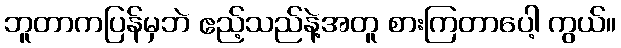
ဘူတာကပြန်မှဘဲ ဧည့်သည်နဲ့အတူ စားကြတာပေါ့ ကွယ်။